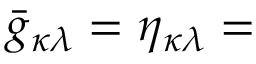
{ \bar { g } } _ { \kappa \lambda } = \eta _ { \kappa \lambda } =